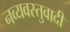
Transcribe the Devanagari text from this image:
नव्यवस्तुवादी